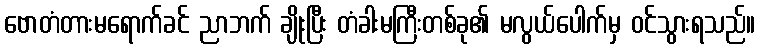
ဗောတံတားမရောက်ခင် ညာဘက် ချိုးပြီး တံခါးမကြီးတစ်ခု၏ မလွယ်ပေါက်မှ ဝင်သွားရသည်။